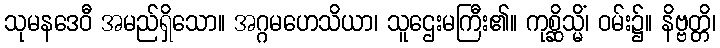
သုမနဒေဝီ အမည်ရှိသော။ အဂ္ဂမဟေသိယာ၊ သူဌေးမကြီး၏။ ကုစ္ဆိသ္မိံ၊ ဝမ်း၌။ နိဗ္ဗတ္တိ၊